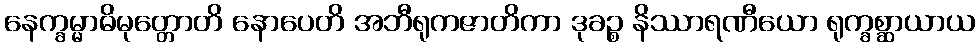
နေက္ခမ္မာဓိမုတ္တောတိ နောပေတိ အဘီရုကဇာတိကာ ဒုခဉ္စ နိဿာရဏီယော ရုက္ခစ္ဆာယာယ